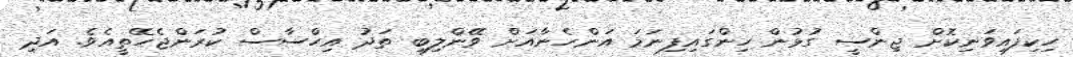
ހިކިފައިވަނިކޮށް ޖިންސީ ގުޅުން ހިންގައިފިނަމަ އަންހެނާއަށް ވޭންލިބި ތަދު އިހްސާސް ކުރަންޖެހޭތީއެވެ. އަދި